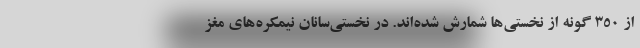
از ۳۵۰ گونه از نخستی‌ها شمارش شده‌اند. در نخستی‌سانان نیمکره‌های مغز